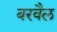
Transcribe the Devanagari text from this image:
बरवैल